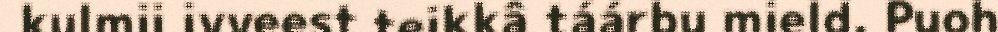
kulmii ivveest teikkâ táárbu mield. Puoh